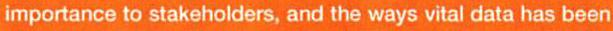
importance to stakeholders, and the ways vital data has been